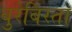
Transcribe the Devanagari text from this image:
बुरेबिस्ता